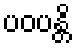
ပဝပန္တိ